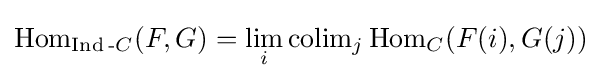
\operatorname {Hom} _{\operatorname {Ind} {\text{-}}C}(F,G)=\lim _{i}\operatorname {colim} _{j}\operatorname {Hom} _{C}(F(i),G(j))